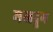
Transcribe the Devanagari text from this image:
मखदूग